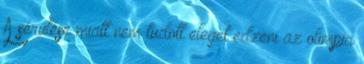
A sérülése miatt nem tudott eleget edzeni az olimpia